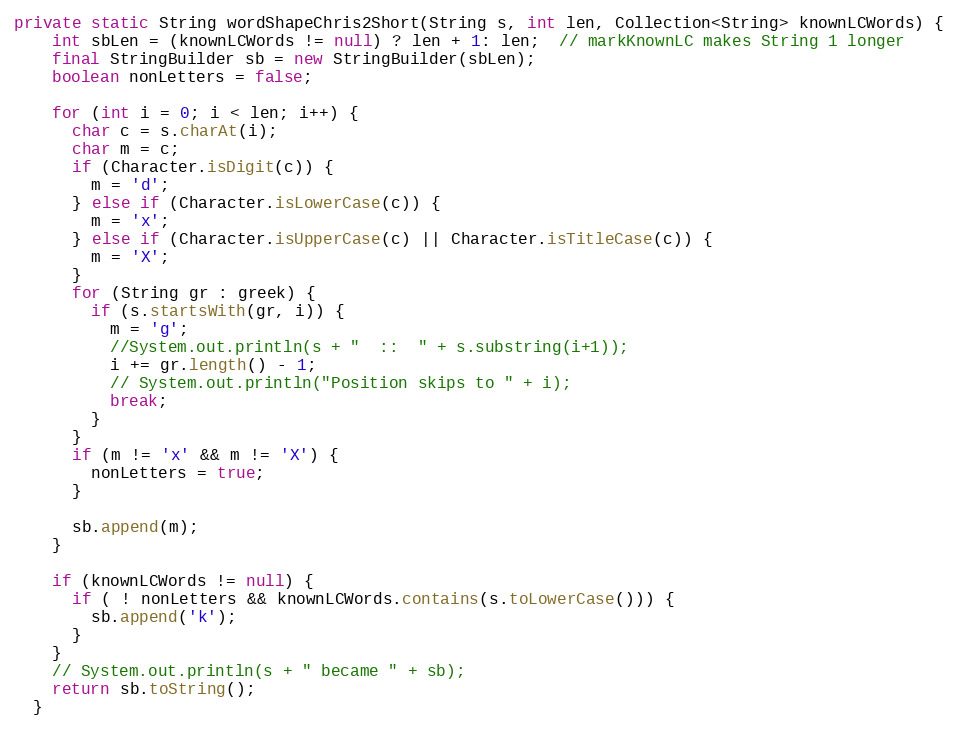
Language: Java
private static String wordShapeChris2Short(String s, int len, Collection<String> knownLCWords) {
    int sbLen = (knownLCWords != null) ? len + 1: len;  // markKnownLC makes String 1 longer
    final StringBuilder sb = new StringBuilder(sbLen);
    boolean nonLetters = false;

    for (int i = 0; i < len; i++) {
      char c = s.charAt(i);
      char m = c;
      if (Character.isDigit(c)) {
        m = 'd';
      } else if (Character.isLowerCase(c)) {
        m = 'x';
      } else if (Character.isUpperCase(c) || Character.isTitleCase(c)) {
        m = 'X';
      }
      for (String gr : greek) {
        if (s.startsWith(gr, i)) {
          m = 'g';
          //System.out.println(s + "  ::  " + s.substring(i+1));
          i += gr.length() - 1;
          // System.out.println("Position skips to " + i);
          break;
        }
      }
      if (m != 'x' && m != 'X') {
        nonLetters = true;
      }

      sb.append(m);
    }

    if (knownLCWords != null) {
      if ( ! nonLetters && knownLCWords.contains(s.toLowerCase())) {
        sb.append('k');
      }
    }
    // System.out.println(s + " became " + sb);
    return sb.toString();
  }